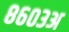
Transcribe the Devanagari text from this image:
८६०३अ